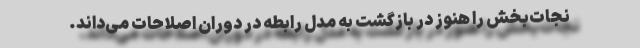
نجات‌بخش را هنوز در بازگشت به مدل رابطه در دوران اصلاحات می‌داند.